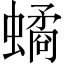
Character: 𧑐